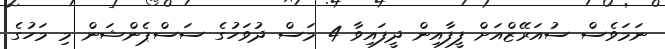
ނަމަވެސް ސުއަރޭޒްއަށް ފީފާއިން ދީފައިވާ 4 މަސް ދުވަހުގެ ސަސްޕެންޝަން މި މަހުގެ